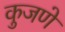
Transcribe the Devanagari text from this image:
कुजणे